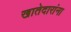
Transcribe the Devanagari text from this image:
खातेदारांना